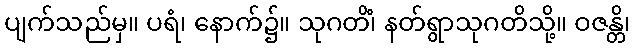
ပျက်သည်မှ။ ပရံ၊ နောက်၌။ သုဂတိံ၊ နတ်ရွာသုဂတိသို့။ ဝဇန္တိ၊